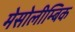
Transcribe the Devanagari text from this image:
मेसोलीम्बिक